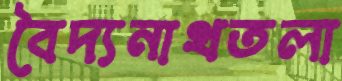
বৈদ্যনাথতলা